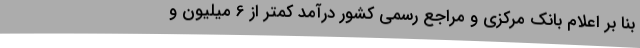
بنا بر اعلام بانک مرکزی و مراجع رسمی کشور درآمد کمتر از 6 میلیون و